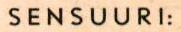
SENSUURI: